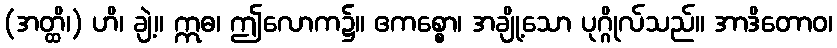
(အတ္ထိ၊) ဟိ၊ ချဲ့။ ဣဓ၊ ဤလောက၌။ ဧကစ္စော၊ အချို့သော ပုဂ္ဂိုလ်သည်။ အာဒိတောဝ၊